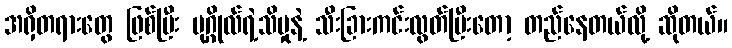
အရှိတရားတွေ ဖြစ်ပြီး ပုဂ္ဂိုလ်ရဲ့သိမှုနဲ့ သီးခြားကင်းလွတ်ပြီးတော့ တည်နေတယ်လို့ ဆိုတယ်။